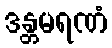
ဒန္တမရဏံ